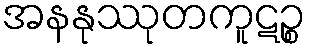
အနနုဿုတကူဋဉ္စ